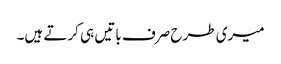
میری طرح صرف باتیں ہی کرتے ہیں۔